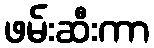
ဖမ်းဆီးကာ